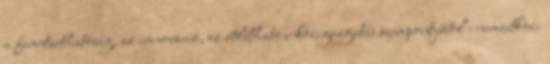
a fenntarthatóság, az innováció, az átlátható e-közigazgatás szempontjából –nemzetközi